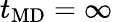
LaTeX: t_{\mathrm{MD}}=\infty